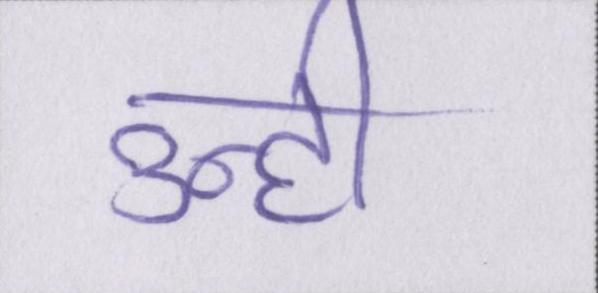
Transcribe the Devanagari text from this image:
उन्ही